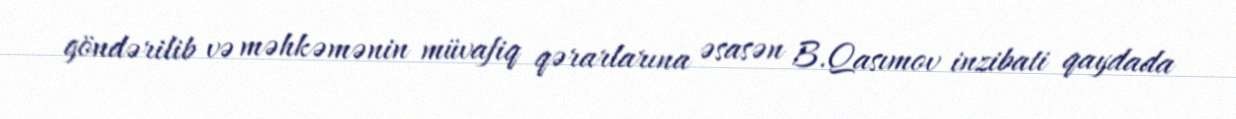
göndərilib və məhkəmənin müvafiq qərarlarına əsasən B.Qasımov inzibati qaydada